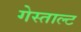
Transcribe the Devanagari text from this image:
गेस्ताल्ट